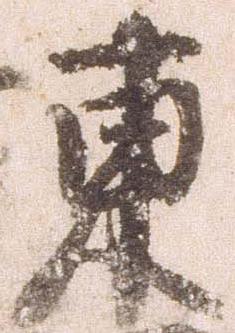
東